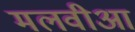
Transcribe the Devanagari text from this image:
मलवीआ